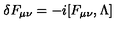
\delta F _ { \mu \nu } = - i [ F _ { \mu \nu } , \Lambda ]